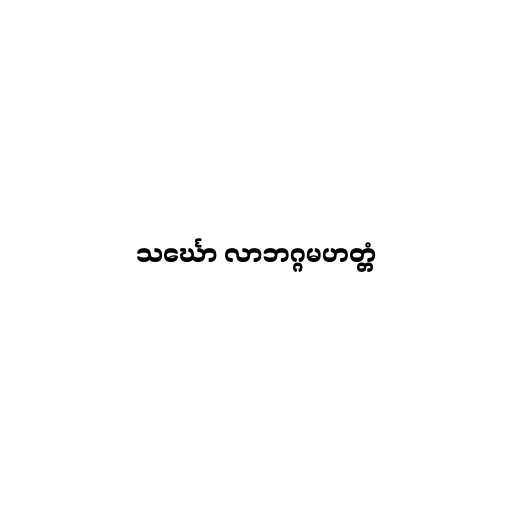
သင်္ဃော လာဘဂ္ဂမဟတ္တံ